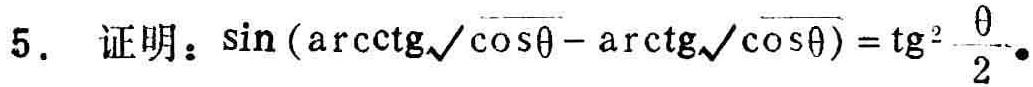
5. 证明：\(\sin(\text{arccot}\sqrt{\cos\theta}-\text{arccot}\sqrt{\cos\theta}) = \tan^{2}\frac{\theta}{2}\)